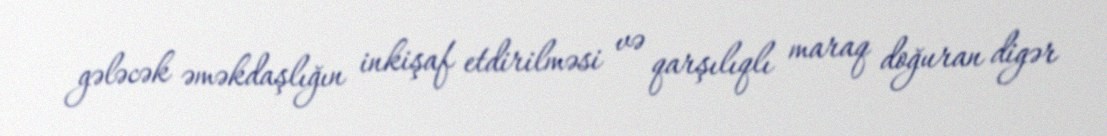
gələcək əməkdaşlığın inkişaf etdirilməsi və qarşılıqlı maraq doğuran digər